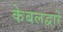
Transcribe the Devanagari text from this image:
केबलद्वारे